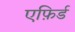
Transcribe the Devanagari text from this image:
एफ़िर्ड